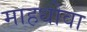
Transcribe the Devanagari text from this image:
माहधोवा